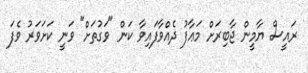
ރައީސް ޔާމީން ޖާބިރަށް މަޢާފު ދެއްވާފައިވާ ކަން "ވަގުތަށް" ވަނީ ކަށަވަރު ވެފަ